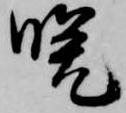
晩